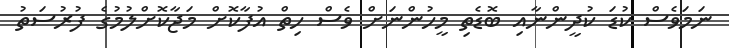
ނަމަވެސް ކުޑަ ކުދީންނާއި ބޮޑެތި މީހުންނަށް ވެސް ހިތް އުފާކޮށް މަޖާކޮށްލުމުގެ ފުރުސަތު